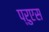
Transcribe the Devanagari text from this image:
प्रुएस